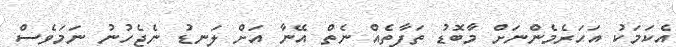
އެކަމަކު އަހަރެމެންނަށް މާބޮޑު ތަފާތެއް ނެތް އޭނާ އަށް ލަނޑު ނެޖެހުނު ނަމަވެސް